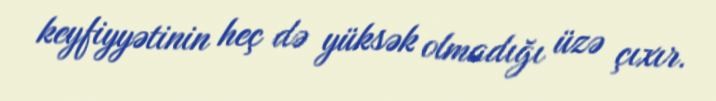
keyfiyyətinin heç də yüksək olmadığı üzə çıxır.